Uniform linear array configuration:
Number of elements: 24
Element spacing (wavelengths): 0.5
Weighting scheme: kaiser
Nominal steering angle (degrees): -30
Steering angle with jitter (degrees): -28.545
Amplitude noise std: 0.05
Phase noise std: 0.05

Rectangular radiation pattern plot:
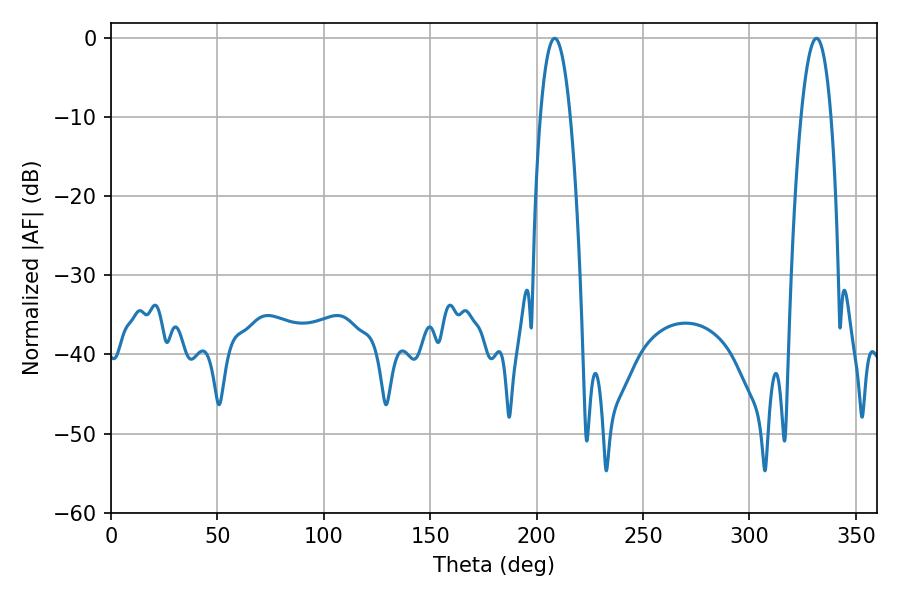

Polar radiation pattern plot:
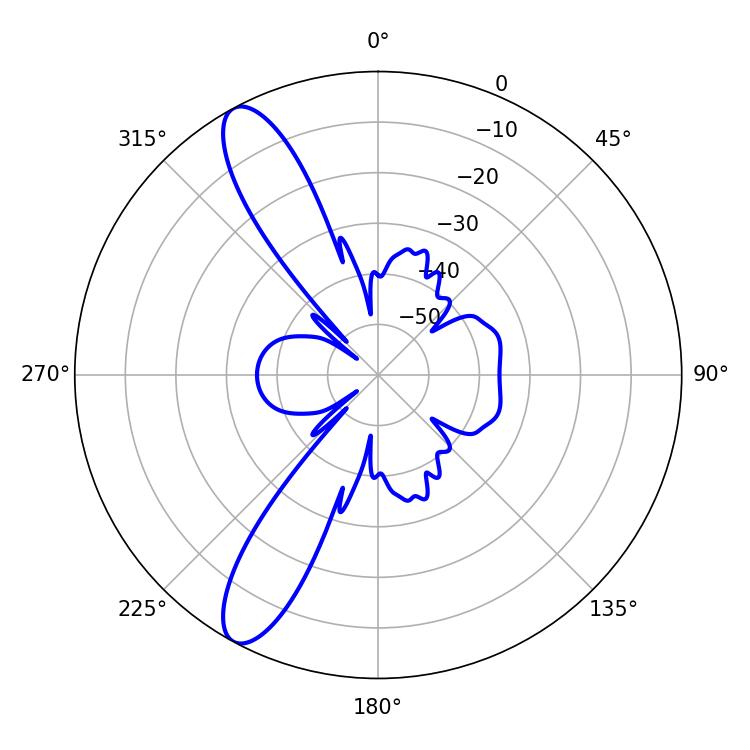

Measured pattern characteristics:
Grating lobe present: FALSE
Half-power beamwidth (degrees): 7.74
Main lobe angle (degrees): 208.44